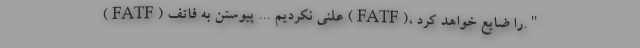
(FATF) علنی نکردیم ... پیوستن به فاتف (FATF)، را ضایع خواهد کرد."